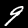
Digit: 9